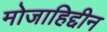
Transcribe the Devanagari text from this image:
मोजाहिद्दीन